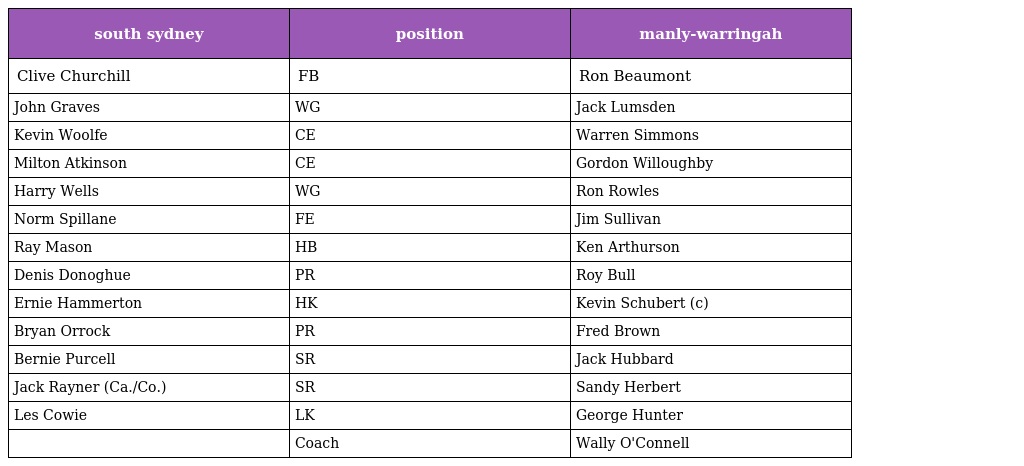
| south sydney | position | manly-warringah |
 | --- | --- | --- |
 | Clive Churchill | FB | Ron Beaumont |
 | John Graves | WG | Jack Lumsden |
 | Kevin Woolfe | CE | Warren Simmons |
 | Milton Atkinson | CE | Gordon Willoughby |
 | Harry Wells | WG | Ron Rowles |
 | Norm Spillane | FE | Jim Sullivan |
 | Ray Mason | HB | Ken Arthurson |
 | Denis Donoghue | PR | Roy Bull |
 | Ernie Hammerton | HK | Kevin Schubert (c) |
 | Bryan Orrock | PR | Fred Brown |
 | Bernie Purcell | SR | Jack Hubbard |
 | Jack Rayner (Ca./Co.) | SR | Sandy Herbert |
 | Les Cowie | LK | George Hunter |
 |  | Coach | Wally O'Connell |